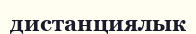
дистанциялык